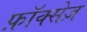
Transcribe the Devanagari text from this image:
फ़ॉक्सेज़